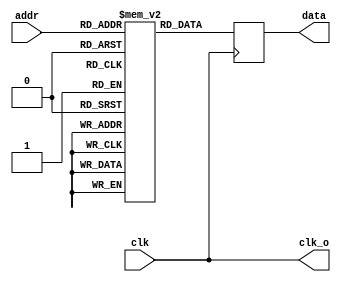
`ifdef FORMAL
`define assume(_expr_) assume(_expr_)
`else
`define assume(_expr_)
`endif

module top(input clk, input [4:0] addr, output reg [31:0] data, output clk_o);
	reg [31:0] mem [0:31];
	always @(posedge clk)
		data <= mem[addr];

	reg [31:0] used_addr = 0;
	reg [31:0] used_dbits = 0;
	reg initstate = 1;

    always @(posedge clk) begin
        initstate <= 1;

        if (!initstate) begin
            //`assume(data != 0);
            //`assume((used_dbits & data) == 0);
        end
    end
    assign clk_o = clk;
endmodule